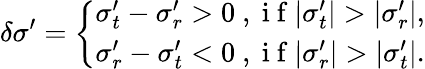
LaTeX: \delta\sigma^{\prime}=\left\{ \begin{array}{l}{\sigma_{t}^{\prime}-\sigma_{r}^{\prime}>0\mathrm{~,~i~f~}|\sigma_{t}^{\prime}|>|\sigma_{r}^{\prime}|,}\\ {\sigma_{r}^{\prime}-\sigma_{t}^{\prime}<0\mathrm{~,~i~f~}|\sigma_{r}^{\prime}|>|\sigma_{t}^{\prime}|.}\end{array}\right.